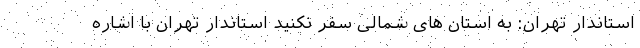
استاندار تهران: به استان های شمالی سفر نکنید استاندار تهران با اشاره